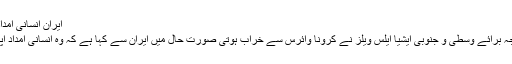
ایران انسانی امداد آنے کی اجازت دے: ایلس ویلز -
واشنگٹن: امریکی نائب وزیر خارجہ برائے وسطی و جنوبی ایشیا ایلس ویلز نے کرونا وائرس سے خراب ہوتی صورت حال میں ایران سے کہا ہے کہ وہ انسانی امداد اپنے ملک میں آنے کی اجازت دے۔